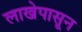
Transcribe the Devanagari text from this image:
लाखेपासून